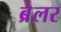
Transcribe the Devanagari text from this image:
ब्रेलर